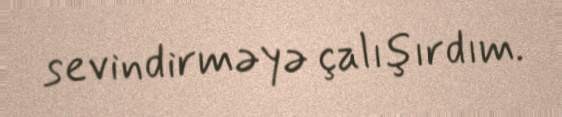
sevindirməyə çalışırdım.